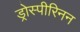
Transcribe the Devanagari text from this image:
ड्रोस्पीरिनन